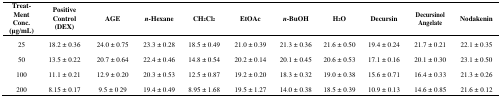
<table><thead><tr><td><b>Treat-Ment Conc. (μg/mL)</b></td><td><b>Positive Control (DEX)</b></td><td><b>AGE</b></td><td><b><i>n</i>-Hexane</b></td><td><b>CH<sub>2</sub>Cl<sub>2</sub></b></td><td><b>EtOAc</b></td><td><b><i>n</i>-BuOH</b></td><td><b>H<sub>2</sub>O</b></td><td><b>Decursin</b></td><td><b>Decursinol Angelate</b></td><td><b>Nodakenin</b></td></tr></thead><tbody><tr><td>25</td><td>18.2 ± 0.36</td><td>24.0 ± 0.75</td><td>23.3 ± 0.28</td><td>18.5 ± 0.49</td><td>21.0 ± 0.39</td><td>21.3 ± 0.36</td><td>21.6 ± 0.50</td><td>19.4 ± 0.24</td><td>21.7 ± 0.21</td><td>22.1 ± 0.35</td></tr><tr><td>50</td><td>13.5 ± 0.22</td><td>20.7 ± 0.64</td><td>22.4 ± 0.46</td><td>14.8 ± 0.54</td><td>20.2 ± 0.14</td><td>20.1 ± 0.45</td><td>20.6 ± 0.53</td><td>17.1 ± 0.16</td><td>20.1 ± 0.30</td><td>23.1 ± 0.50</td></tr><tr><td>100</td><td>11.1 ± 0.21</td><td>12.9 ± 0.20</td><td>20.3 ± 0.53</td><td>12.5 ± 0.87</td><td>19.2 ± 0.20</td><td>18.3 ± 0.32</td><td>19.0 ± 0.38</td><td>15.6 ± 0.71</td><td>16.4 ± 0.33</td><td>21.3 ± 0.26</td></tr><tr><td>200</td><td>8.15 ± 0.17</td><td>9.5 ± 0 29</td><td>19.4 ± 0.49</td><td>8.95 ± 1.68</td><td>19.5 ± 1.27</td><td>14.0 ± 0.38</td><td>18.5 ± 0.39</td><td>10.9 ± 0.13</td><td>14.6 ± 0.85</td><td>21.6 ± 0.12</td></tr></tbody></table>